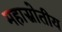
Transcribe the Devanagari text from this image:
महास्रोतीय